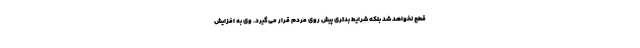
قطع نخواهد شد بلکه شرایط بدتری پیش روی مردم قرار می‌گیرد. وی به افزایش